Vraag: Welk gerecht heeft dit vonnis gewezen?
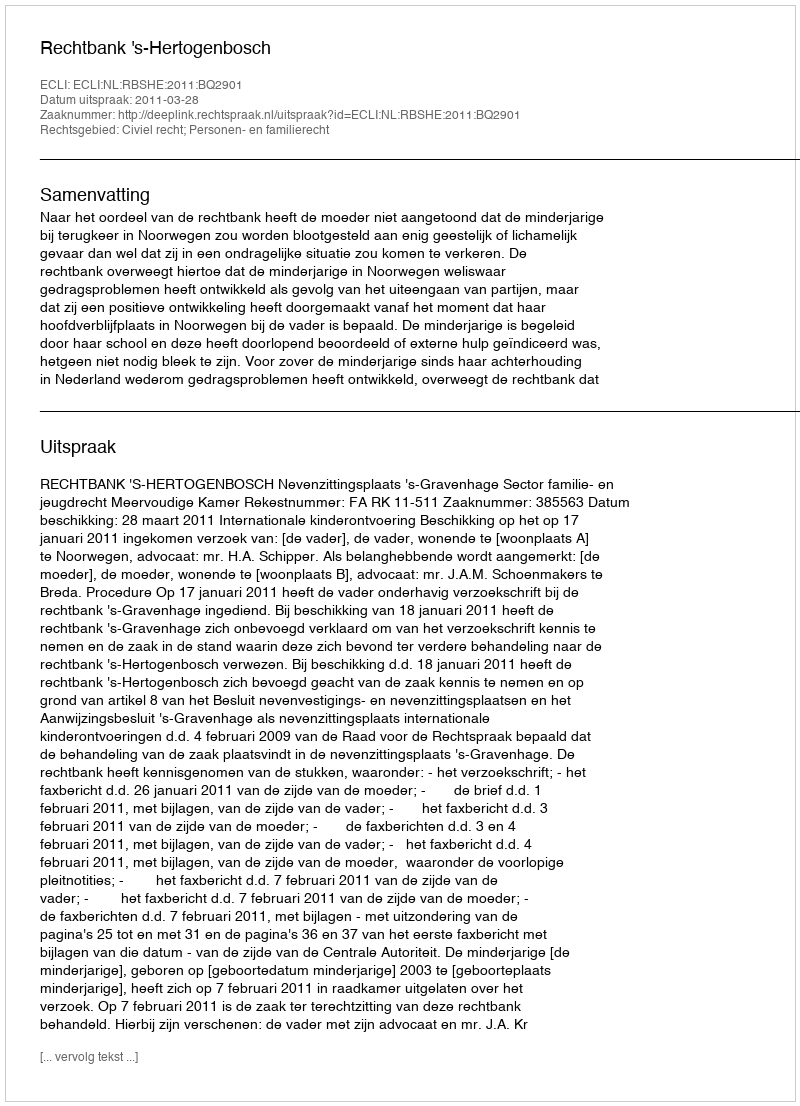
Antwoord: Rechtbank 's-Hertogenbosch